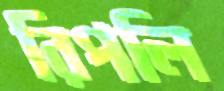
রিপলি